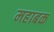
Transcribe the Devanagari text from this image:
महाबक